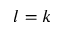
l = k